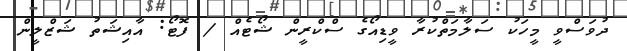
ދުވަސްވީ މީހަކު ސަލާމަތްކުރާ ވީޑިއޯގެ ސްކްރީން ޝޯޓެއް / ފޮޓޯ: އާއިޝަތު ޝަޒްލީން